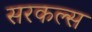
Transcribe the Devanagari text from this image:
सरकल्स